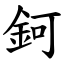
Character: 鈳